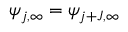
\psi _ { j , \infty } = \psi _ { j + J , \infty }